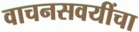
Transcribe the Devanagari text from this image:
वाचनसवयींचा